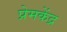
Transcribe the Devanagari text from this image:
प्रेमकेंद्र